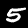
Digit: 5